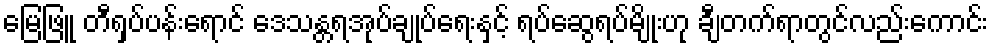
မြေဖြူ တီရှပ်ပန်းရောင် ဒေသန္တရအုပ်ချုပ်ရေးနှင့် ရပ်ဆွေရပ်မျိုးဟု ချီတက်ရာတွင်လည်းကောင်း